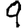
Digit: 9